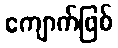
ကျောက်ဖြစ်